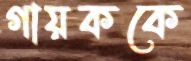
গায়ককে